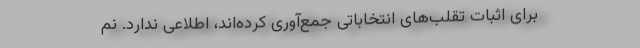
برای اثبات تقلب‌های انتخاباتی جمع‌آوری کرده‌اند، اطلاعی ندارد. نم